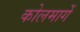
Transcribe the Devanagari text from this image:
कोलमार्गे